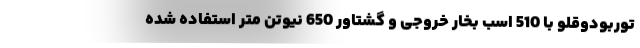
توربودوقلو با 510 اسب بخار خروجی و گشتاور 650 نیوتن متر استفاده شده